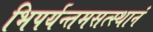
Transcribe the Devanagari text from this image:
भिपर्यन्तमसत्स्थानं